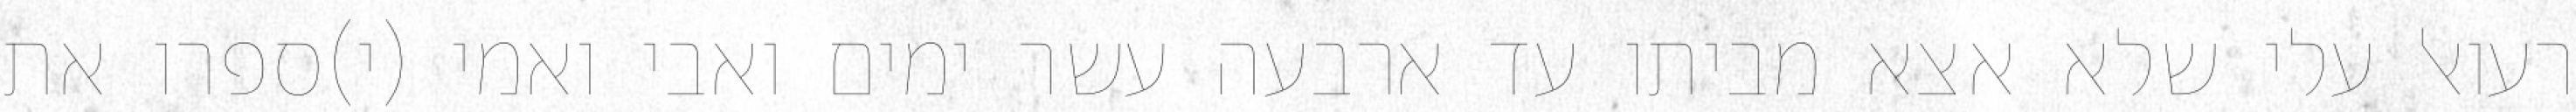
רעואל עלי שלא אצא מביתו עד ארבעה עשר ימים ואבי ואמי (י)ספרו את